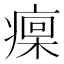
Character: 𤹄